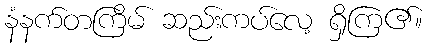
နံနက်တကြိမ် ဆည်းကပ်လေ့ ရှိကြ၏။